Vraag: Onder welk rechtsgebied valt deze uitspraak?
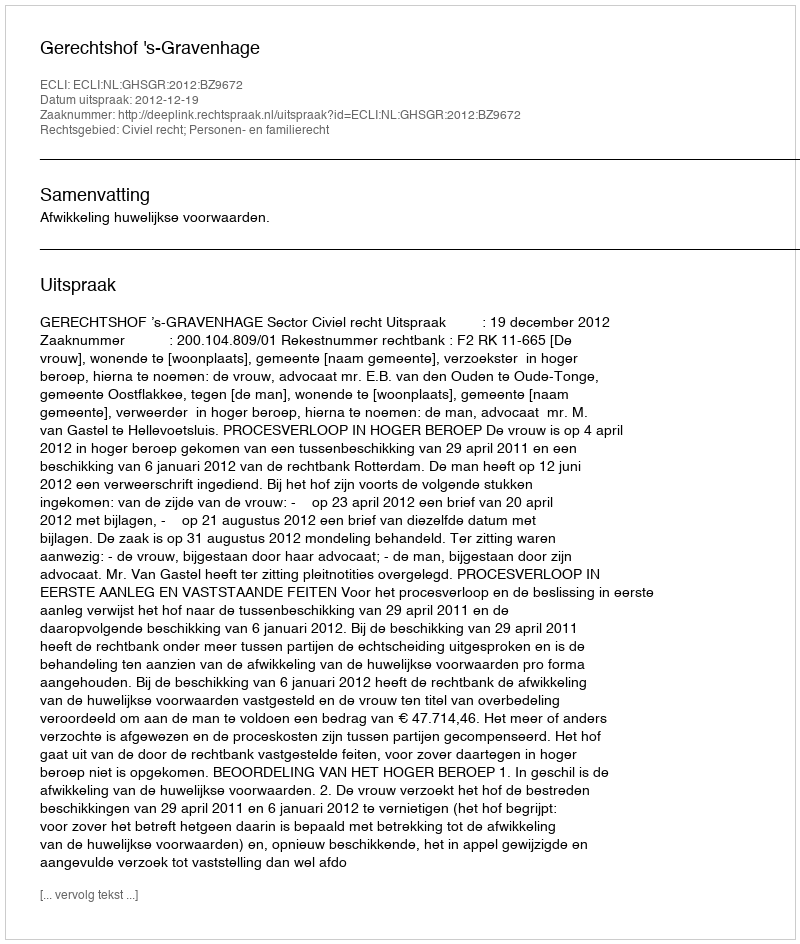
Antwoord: Civiel recht; Personen- en familierecht